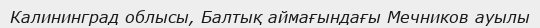
Калининград облысы, Балтық аймағындағы Мечников ауылы